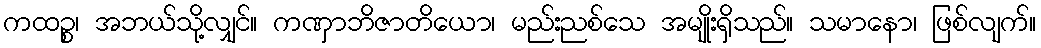
ကထဉ္စ၊ အဘယ်သို့လျှင်။ ကဏှာဘိဇာတိယော၊ မည်းညစ်သေ အမျိုးရှိသည်။ သမာနော၊ ဖြစ်လျက်။